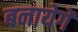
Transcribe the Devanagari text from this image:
बनायेगें